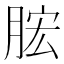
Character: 𣍱